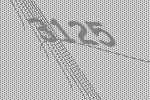
3125